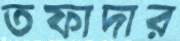
তফাদার